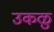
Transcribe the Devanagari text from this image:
उकळु